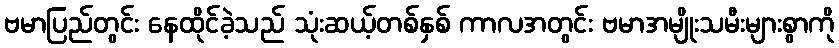
ဗမာပြည်တွင်း နေထိုင်ခဲ့သည် သုံးဆယ့်တစ်နှစ် ကာလအတွင်း ဗမာအမျိုးသမီးများစွာကို